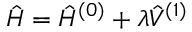
\hat { H } = \hat { H } ^ { ( 0 ) } + \lambda \hat { V } ^ { ( 1 ) }